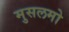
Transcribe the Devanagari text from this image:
मुसलमो